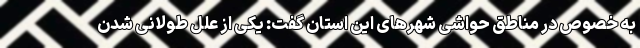
به خصوص در مناطق حواشی شهرهای این استان گفت: یکی از علل طولانی شدن